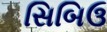
સિબિઉ